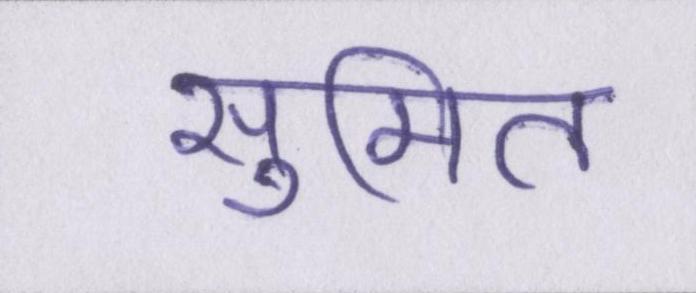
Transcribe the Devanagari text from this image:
सुमित